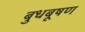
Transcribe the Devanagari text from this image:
बुधबूषण